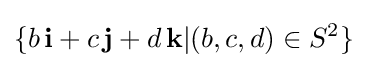
\{b\,\mathbf {i} +c\,\mathbf {j} +d\,\mathbf {k} |(b,c,d)\in S^{2}\}